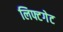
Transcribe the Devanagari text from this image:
लिफ्टगेट